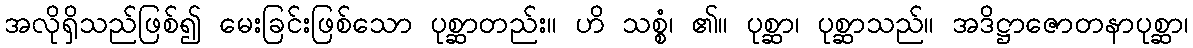
အလိုရှိသည်ဖြစ်၍ မေးခြင်းဖြစ်သော ပုစ္ဆာတည်း။ ဟိ သစ္စံ၊ ၏။ ပုစ္ဆာ၊ ပုစ္ဆာသည်။ အဒိဋ္ဌာဇောတနာပုစ္ဆာ၊